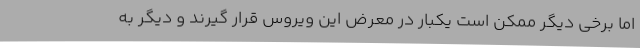
اما برخی دیگر ممکن است یکبار در معرض این ویروس قرار گیرند و دیگر به